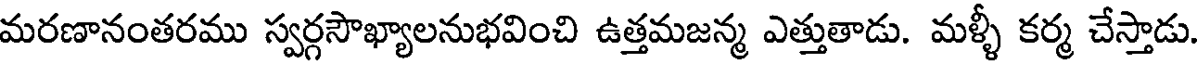
మరణానంతరము స్వర్గసౌఖ్యాలనుభవించి ఉత్తమజన్మ ఎత్తుతాడు. మళ్ళీ కర్మ చేస్తాడు